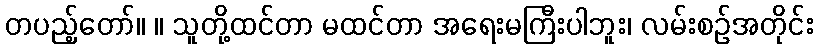
တပည့်တော်။ ။ သူတို့ထင်တာ မထင်တာ အရေးမကြီးပါဘူး၊ လမ်းစဉ်အတိုင်း